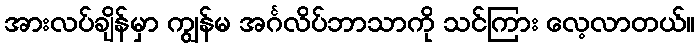
အားလပ်ချိန်မှာ ကျွန်မ အင်္ဂလိပ်ဘာသာကို သင်ကြား လေ့လာတယ်။